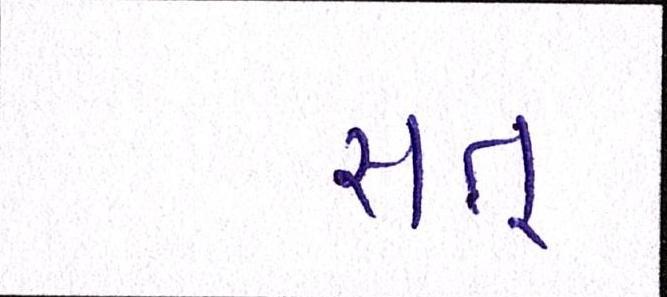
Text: સત્